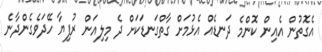
އެގޮތުން އެއިން ކޮންމެ ދަނޑެއް އެޅުމަށް ގާތްގަނޑަކަށް ދެ މިލިއަން ރުފިޔާ ހޭދަވެގެންދާނެ